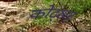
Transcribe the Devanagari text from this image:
कोट्ल्रर्